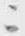
ニ